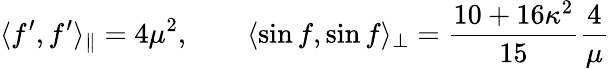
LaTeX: \langle f^{\prime},f^{\prime}\rangle_{\parallel}=4\mu^{2},\qquad\langle\sin f,\sin f\rangle_{\perp}=\frac{10+16\kappa^{2}}{15}\frac{4}{\mu}